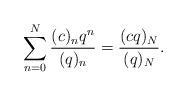
LaTeX: \begin{align*} \sum_{n=0}^{N} \frac{(c)_n q^n}{(q)_n} = \frac{(c q)_N}{( q)_N}. \end{align*}